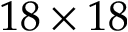
1 8 \times 1 8